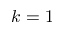
k = 1